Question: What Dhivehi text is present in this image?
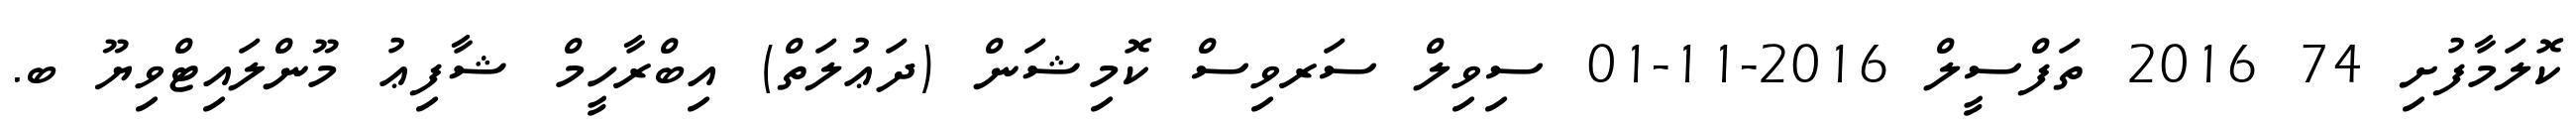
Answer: ކޮލަމާފުށި 74 2016 ތަފްސީލް 2016-11-01 ސިވިލް ސަރވިސް ކޮމިޝަން (ދަޢުލަތް) އިބްރާހީމް ޝާފިޢު މޫންލައިޓްވިޔޫ ބ.